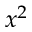
x ^ { 2 }